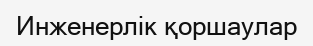
Инженерлік қоршаулар